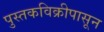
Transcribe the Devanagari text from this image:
पुस्तकविक्रीपासून